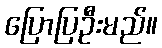
ပြောပြဦးမည်။